Vaccination report Assam 1896-1927 - 1896-1927
Year: 1896
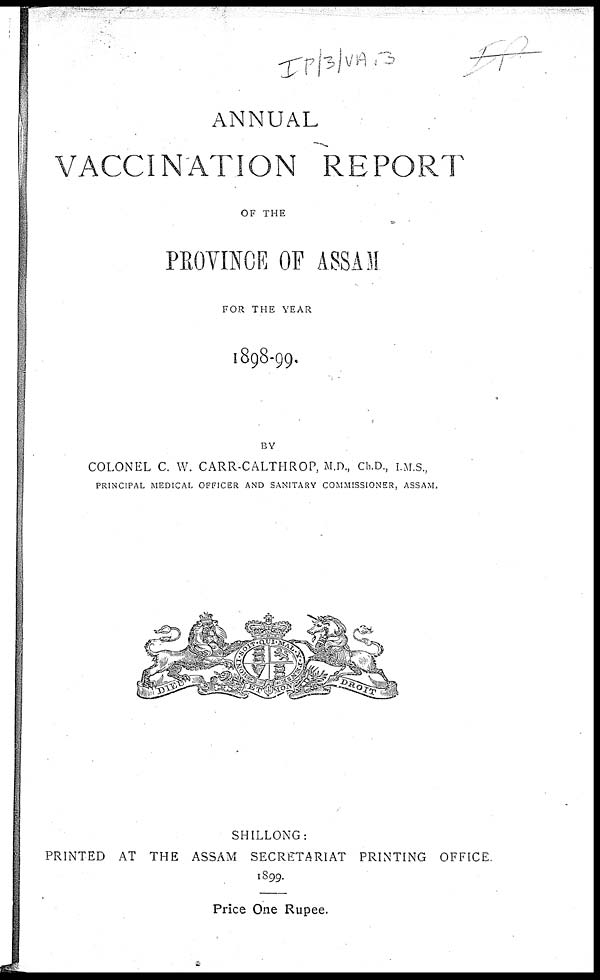
ANNUAL
VACCINATION REPORT
OF THE
PROVINCE OF ASSAM
FOR THE YEAR
1898-99.
BY
COLONEL C. W. CARR-CALTHROP, M.D., Ch.D., I.M.S.,
PRINCIPAL MEDICAL OFFICER AND SANITARY COMMISSIONER, ASSAM.
SHILLONG:
PRINTED AT THE ASSAM SECRETARIAT PRINTING OFFICE.
1899.
Price One Rupee.